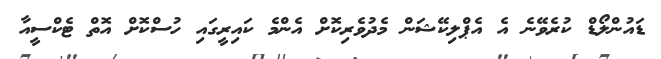
ޑައުންލޯޑް ކުރެވޭނެ އެ އެޕްލިކޭޝަން މެދުވެރިކޮށް އެންމެ ކައިރީގައި ހުސްކޮށް އޮތް ޓެކްސީއާ